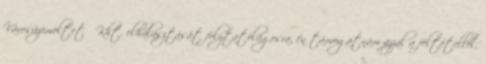
Városüzemeltető Kht. elhalasztását folytatólagosra, én támogatnám azzal a feltétellel,